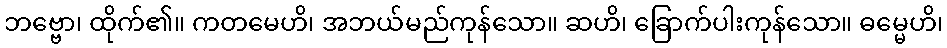
ဘဗ္ဗော၊ ထိုက်၏။ ကတမေဟိ၊ အဘယ်မည်ကုန်သော။ ဆဟိ၊ ခြောက်ပါးကုန်သော။ ဓမ္မေဟိ၊